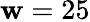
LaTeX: \mathbf{w}=25